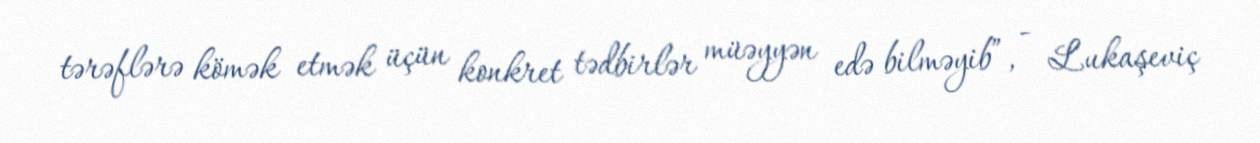
tərəflərə kömək etmək üçün konkret tədbirlər müəyyən edə bilməyib”, - Lukaşeviç